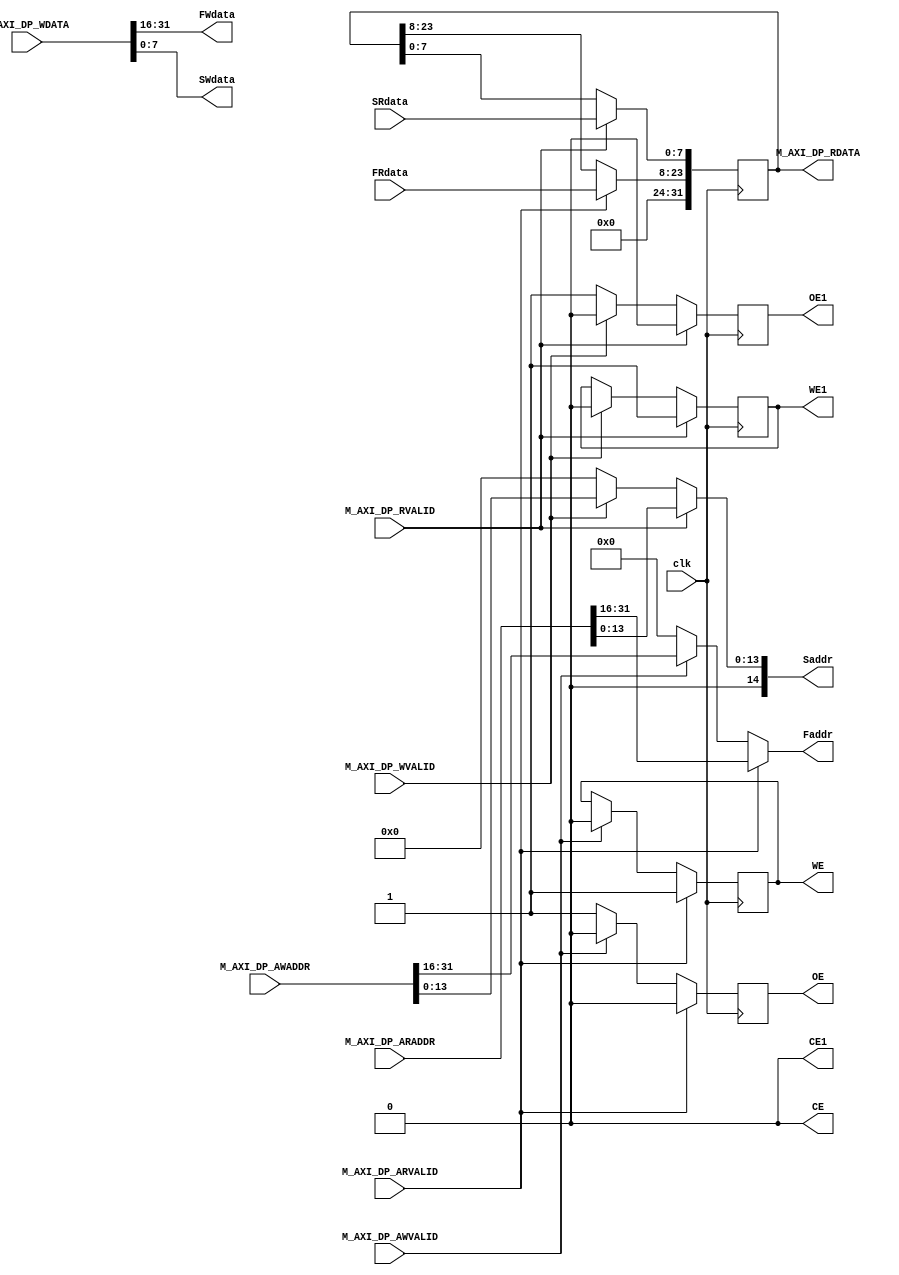
`timescale 1ns / 1ps

module memory_control(
    input clk,
    input [31:0] M_AXI_DP_AWADDR,
    input [31:0] M_AXI_DP_ARADDR,
    input [31:0] M_AXI_DP_WDATA,
    input [15:0] FRdata,
    input [7:0] SRdata,
    input M_AXI_DP_AWVALID,//Write ready Flash
    input M_AXI_DP_ARVALID,//Read ready Flash 
    input M_AXI_DP_WVALID, //Write ready SRAM 
    input M_AXI_DP_RVALID, //Read ready SRAM
    output reg [31:0] M_AXI_DP_RDATA,//Back to microblaze
    output CE, CE1,//To memory
    output reg OE, OE1,
    output reg WE, WE1,
    output reg [15:0]Faddr,
    output reg [14:0]Saddr,
    output [15:0] FWdata,
    output [7:0] SWdata
    );
    //[31:16] addr for flash [13:0] addr for SRAM
    //[23:8] data for flash [7:0] data for SRAM
    assign FWdata = M_AXI_DP_WDATA[31:16];//Splits the input data so both memories 
    assign SWdata = M_AXI_DP_WDATA[13:0]; //can be accessed at the same time
    
    assign CE = 0;//Active low
    assign CE1 = 0;//Set as always enabled
    
    always@* begin//Will always give the correct address to the external memories
        if(M_AXI_DP_RVALID)//SRAM
            Saddr = M_AXI_DP_ARADDR[13:0];
        else if(M_AXI_DP_WVALID)
            Saddr = M_AXI_DP_AWADDR[13:0];
        else//Need else or creates latch
            Saddr = 0;
        if(M_AXI_DP_ARVALID)//Flash
            Faddr = M_AXI_DP_ARADDR[31:16];
        else if(M_AXI_DP_AWVALID)
            Faddr = M_AXI_DP_AWADDR[31:16];
        else//Need else or creates latch
            Faddr = 0;
    end 
    
    always@(posedge clk)begin
        M_AXI_DP_RDATA[31:24] <= 8'h00;//Zero pad output
        if(M_AXI_DP_RVALID)begin//SRAM
            OE1 <= 0;//Active low
            WE1 <= 1;//Read
            M_AXI_DP_RDATA[7:0] <= SRdata;
        end
        else if(M_AXI_DP_WVALID)begin
            OE1 <= 0;//Active low
            WE1 <= 0;//Write
        end
        else//Set output to Z
            OE1 <= 1;
        if(M_AXI_DP_ARVALID)begin//Flash
            OE <= 0;//Active low
            WE <= 1;//Read
            M_AXI_DP_RDATA[23:8] <= FRdata;
        end
        else if(M_AXI_DP_AWVALID)begin
            OE <= 0;//Active low
            WE <= 0;//Write
        end
        else//Set output to Z
            OE <= 1;
    end
endmodule